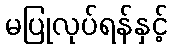
မပြုလုပ်ရန်နှင့်